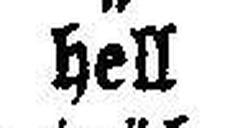
hell